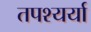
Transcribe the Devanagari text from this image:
तपश्यर्या